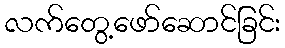
လက်တွေ့ဖော်ဆောင်ခြင်း